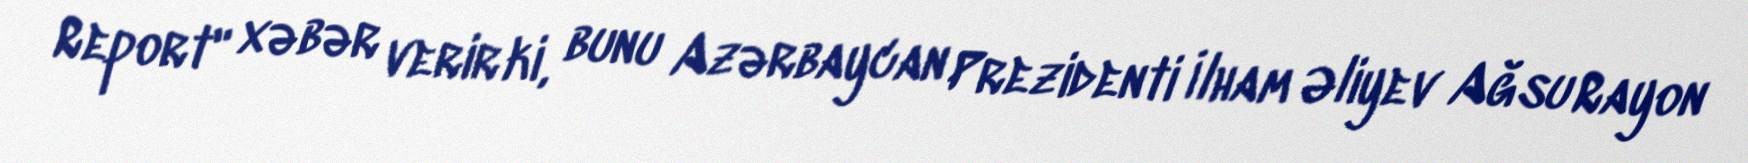
Report" xəbər verir ki, bunu Azərbaycan Prezidenti İlham Əliyev Ağsu Rayon